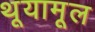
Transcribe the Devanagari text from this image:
थूयामूल